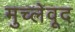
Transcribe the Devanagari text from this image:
मुच्लेवूद